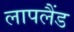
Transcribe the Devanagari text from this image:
लापलैंड